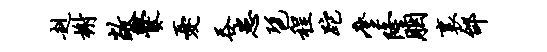
赳榭敞爨忧吞患琶程跎麈隆胭里邰